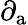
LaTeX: \partial_{\mathrm{a}}